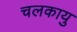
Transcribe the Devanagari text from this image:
चलकायु